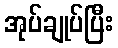
အုပ်ချုပ်ပြီး